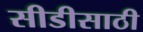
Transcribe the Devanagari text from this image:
सीडीसाठी